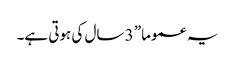
یہ عموما” 3 سال کی ہوتی ہے۔